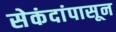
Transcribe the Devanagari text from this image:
सेकंदांपासून